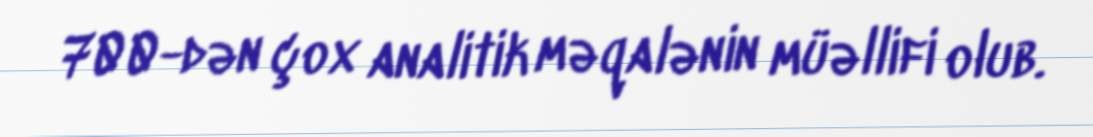
700-dən çox analitik məqalənin müəllifi olub.